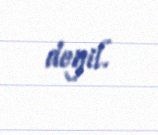
deyil.